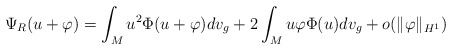
\begin{align*}\Psi_R(u+\varphi)= \int_Mu^2 \Phi(u+\varphi) dv_g +2 \int_M u\varphi \Phi(u) dv_g +o(\|\varphi\|_{H^1})\end{align*}